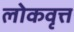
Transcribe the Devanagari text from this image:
लोकवृत्त